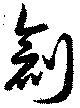
創